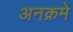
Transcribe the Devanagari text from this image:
अनक्रमे